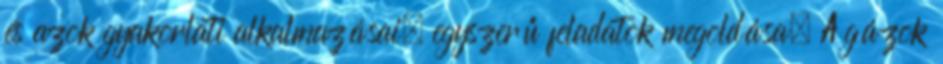
és azok gyakorlati alkalmazásai, egyszerű feladatok megoldása. A gázok